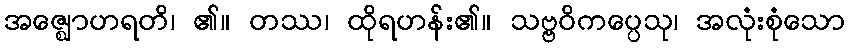
အဇ္ဈောဟရတိ၊ ၏။ တဿ၊ ထိုရဟန်း၏။ သဗ္ဗဝိကပ္ပေသု၊ အလုံးစုံသော